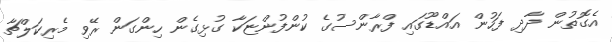
އެގޮތުން ދާދި ފަހުން އައްޑޫގައި ފްރާންސުގެ ކުންފުންޏަކާ ގުޅިގެން ހިންގަން ރޭވި މެރިކަލްޗާ